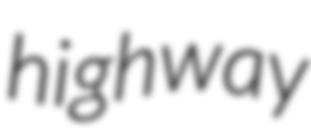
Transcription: highway